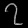
Digit: ၇